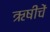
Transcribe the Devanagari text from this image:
ऋषीचें